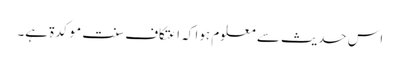
اس حدیث سے معلوم ہوا کہ اعتکاف سنت موکدۃ ہے۔